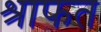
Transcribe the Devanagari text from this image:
श्राफत